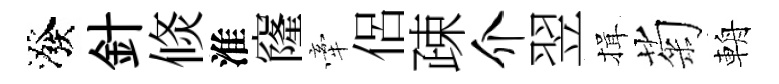
潑針倐淮窿牽侶疎介翌揖菊輈